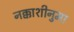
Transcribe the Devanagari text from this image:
नक्काशीनुमा